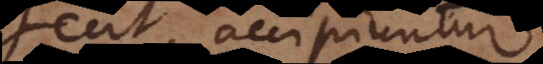
fecit, accipiuntur,